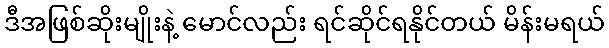
ဒီအဖြစ်ဆိုးမျိုးနဲ့ မောင်လည်း ရင်ဆိုင်ရနိုင်တယ် မိန်းမရယ်